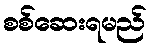
စစ်ဆေးရမည်